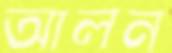
আলন